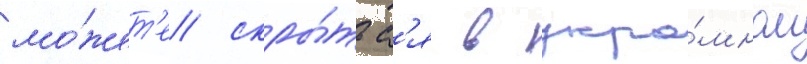
мо́жет'е скры́тьс'я в укро́мном